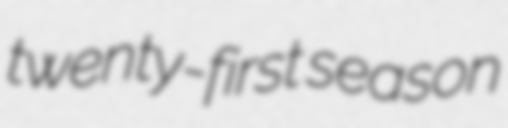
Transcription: twenty-first season